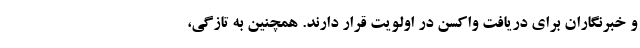
و خبرنگاران برای دریافت واکسن در اولویت قرار دارند. همچنین به تازگی،